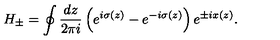
H _ { \pm } = \oint \frac { d z } { 2 \pi i } \left( e ^ { i \sigma ( z ) } - e ^ { - i \sigma ( z ) } \right) e ^ { \pm i x ( z ) } .